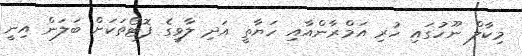
މިކާލް ނޫހުގައި ހުރި އަމްރާންއާއި ހަޔާތީ އަދި ލާވީގެ ފޮޓޯތަކަށް ބަލަން އިނީ